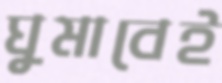
ঘুমাবেই